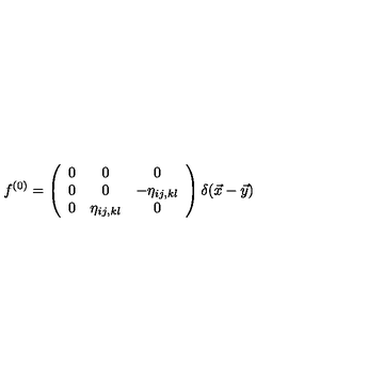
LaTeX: f ^ { ( 0 ) } = \left( \begin{array} { c c c } { 0 } & { 0 } & { 0 } \\ { 0 } & { 0 } & { - \eta _ { i j , k l } } \\ { 0 } & { \eta _ { i j , k l } } & { 0 } \\ \end{array} \right) \delta ( \vec { x } - \vec { y } )